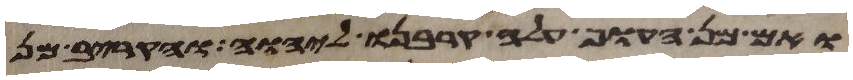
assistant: ואם מן העוף עלה קרבנו ליהוה והקריב מן